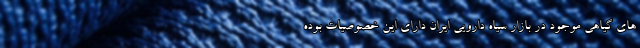
های گیاهی موجود در بازار سیاه دارویی ایران دارای این خصوصیات بوده